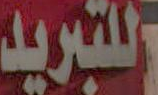
للتبريد